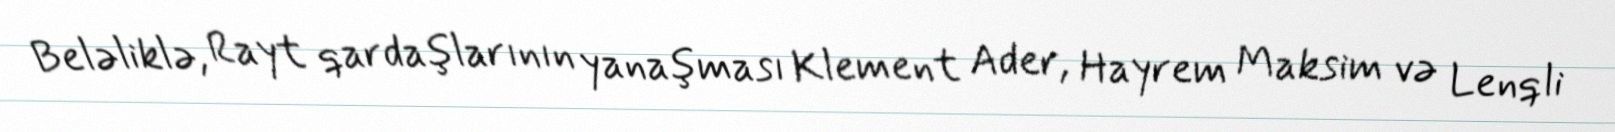
Beləliklə, Rayt qardaşlarının yanaşması Klement Ader, Hayrem Maksim və Lenqli